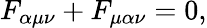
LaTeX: F_{\alpha\mu\nu}+F_{\mu\alpha\nu}=0,